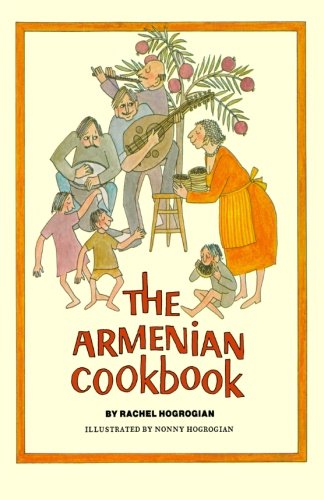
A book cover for The Armenian Cookbook; Rachel Hogrogian; Cookbooks, Food & Wine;